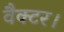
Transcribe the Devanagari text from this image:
वैक्टर।